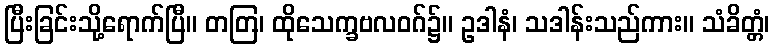
ပြီးခြင်းသို့ရောက်ပြီ။ တတြ၊ ထိုသေက္ခဗလဝဂ်၌။ ဥဒါနံ၊ သဒါန်းသည်ကား။ သံခိတ္တံ၊